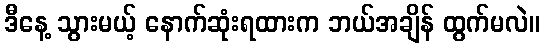
ဒီနေ့ သွားမယ့် နောက်ဆုံးရထားက ဘယ်အချိန် ထွက်မလဲ။